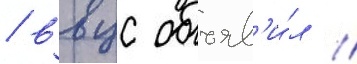
/ ввцс объяв'и́л /